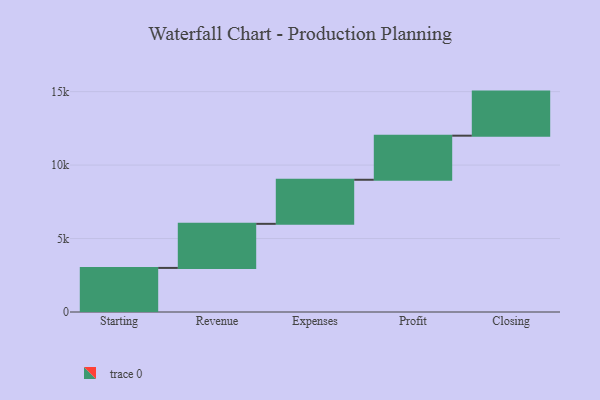
{"axis": {"x": "Step", "y": "Value"}, "legend": [""], "data": [{"x": "Starting", "y": 3000, "type": ""}, {"x": "Revenue", "y": 3000, "type": ""}, {"x": "Expenses", "y": 3000, "type": ""}, {"x": "Profit", "y": 3000, "type": ""}, {"x": "Closing", "y": 3000, "type": ""}]}